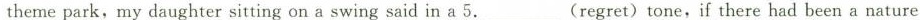
theme park,my daughter sitting on a swing said in a 5.___(regret)tone,if there had been a nature